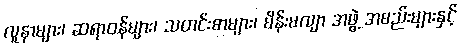
လူနာများ၊ ဆရာဝန်များ၊ သတင်းစာများ၊ မိန်းမလျာ အဖွဲ့ အစည်းများနှင့်